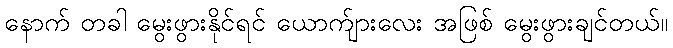
နောက် တခါ မွေးဖွားနိုင်ရင် ယောက်ျားလေး အဖြစ် မွေးဖွားချင်တယ်။